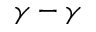
\gamma - \gamma